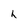
Character: h